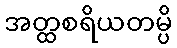
အတ္ထစရိယတမ္ပိ